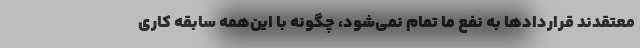
معتقدند قراردادها به نفع ما تمام نمی‌شود، چگونه با این‌همه سابقه کاری